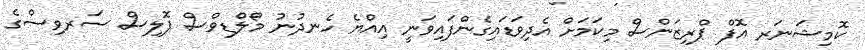
ކޮމިޝަނަރ އޮފް ޕްރިޒަންސް މިކަމަށް އެދިވަޑައިގެންފައިވަނީ އިއްޔެ ހެނދުނު މޯލްޑިވްސް ޕޮލިސް ސަރވިސްގެ